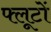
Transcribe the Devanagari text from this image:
फ्लूटों